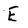
Character: E